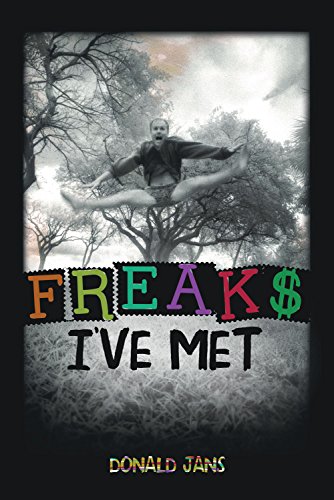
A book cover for Freaks I've Met; Donald Jans; Literature & Fiction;